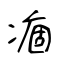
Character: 痼